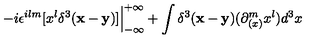
- i \epsilon ^ { i l m } [ x ^ { l } \delta ^ { 3 } ( { \bf x - y } ) ] { \Big \vert } _ { - \infty } ^ { + \infty } + \int \delta ^ { 3 } ( { \bf x - y } ) ( \partial _ { ( x ) } ^ { m } x ^ { l } ) d ^ { 3 } x